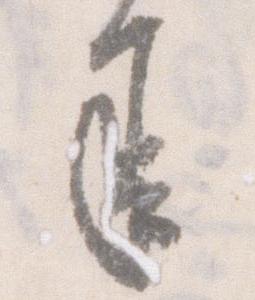
承